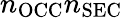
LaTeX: n_{\mathrm{OCC}}n_{\mathrm{SEC}}